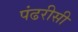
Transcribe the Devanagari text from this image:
पंढरीसी